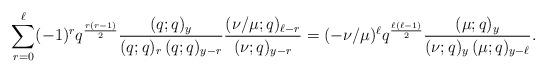
LaTeX: \begin{align*}\sum_{r=0}^{\ell} (-1)^r q^{\frac{r(r-1)}{2}} \frac{(q;q)_y}{(q;q)_r\, (q;q)_{y-r}} \frac{(\nu/\mu;q)_{\ell-r}}{(\nu;q)_{y-r}} = (-\nu/\mu)^\ell q^{\frac{\ell(\ell-1)}{2}} \frac{(\mu;q)_y}{(\nu;q)_y\, (\mu;q)_{y-\ell}}.\end{align*}